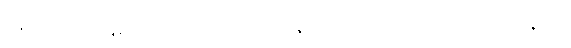
ပရိယေသန္တေဟေဝ ယူပါဒီဟိ ပဗ္ဗဇိတဿေဝ ဒူရကာရဏံ ဈာနံပေ